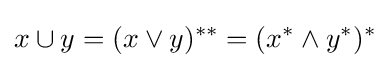
x\cup y=(x\vee y)^{**}=(x^{*}\wedge y^{*})^{*}